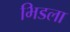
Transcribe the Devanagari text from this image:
भिडला